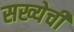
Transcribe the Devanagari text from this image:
सख्येची